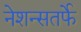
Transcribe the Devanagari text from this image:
नेशन्सतर्फे